Vaccine operations Central Provinces 1868-1885 - 1868-1885
Year: 1868
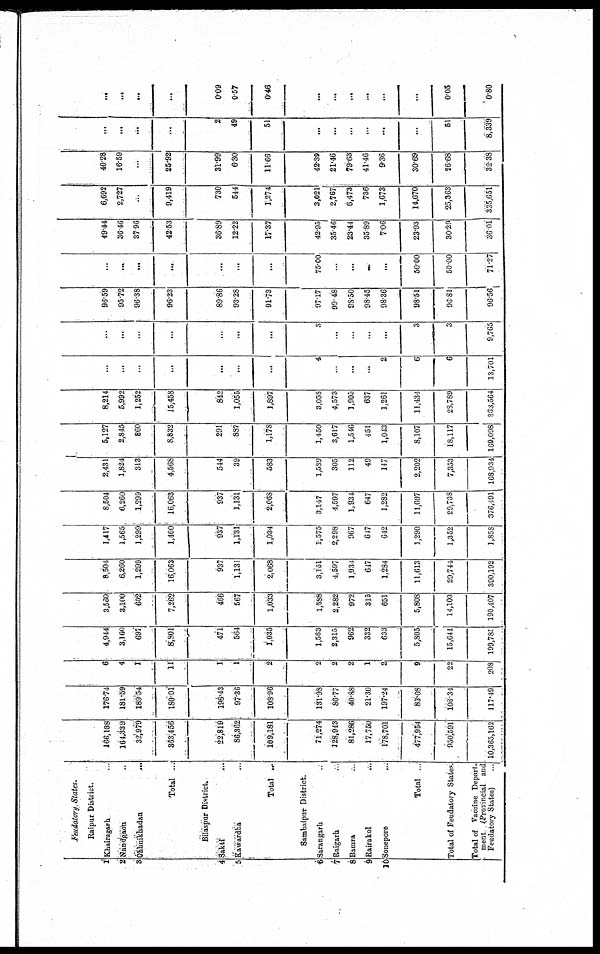
1
2
3
4
5
6
7
8
9
10
Feudatory States.
Raipur District.
Khairagarh ...
Nandgaon ...
Chhuiknadan
...
Total ...
Bilaspur District.
Sakti ...
Kawardha ...
Total ...
Sambalpur District.
Sarangarh ...
Raigarh ...
Bamra ...
Rairakol
...
Sonepore ...
Total ...
Total of Feudatory States.
Total of Vaccine Depart-
ment (Provincial and
Feudatory States) ...
166,138
164,339
32,979
363,456
22,819
86,362
109,181
71,274
128,943
81,286
17,750
178,701
477,954
950,591
10,365,162
176.74
181.59
189.54
180.01
198.43
97.36
108.96
131.98
86.77
40.88
21.30
197.24
83.08
108.34
117.49
6
4
1
11
1
1
2
2
2
2
1
2
9
22
208
4,944
3,160
697
8,801
471
564
1,035
1,563
2,315
962
332
633
5,805
15,641
199,785
3,560
3,100
602
7,262
466
567
1,033
1,588
2,282
972
315
651
5,808
14,103
190,407
8,504
6,260
1,299
16,063
937
1,131
2,068
3,151
4,597
1,934
647
1,284
11,613
29,744
390,192
1,417
1,565
1,299
1,460
937
1,131
1,034
1,575
2,298
967
647
642
1,290
1,352
1,858
8,504
6,260
1,299
16,063
937
1,131
2,068
3,147
4,597
1,934
647
1,282
11,607
29,738
376,491
2,431
1,824
313
4,568
544
39
583
1,589
305
112
49
147
2,202
7,353
168,934
5,127
2,845
860
8,832
291
887
1,178
1,450
3,617
1,546
451
1,043
8,107
18,117
169,098
8,214
5,992
1,252
15,458
842
1,055
1,897
3,058
4,573
1,905
637
1,261
11,434
28,789
363,564
...
...
...
...
...
...
...
4
...
...
...
2
6
6
13,701
...
...
...
...
...
...
...
3
...
...
...
...
3
3
9,765
96.59
95.72
96.38
96.23
89.86
93.28
91.73
97.17
99.48
98.50
98.45
98.36
98.51
96.81
96.56
...
...
...
...
...
...
...
75.00
...
...
...
...
50.00
50.00
71.27
49.44
36.46
37.96
42.53
36.89
12.22
17.37
42.95
35.46
23.44
35.89
7.06
23.93
30.29
36.01
6,692
2,727
...
9,419
730
544
1,274
3,021
2,767
6,473
736
1,673
14,670
25,363
335,651
40.28
16.59
...
25.92
31.99
6.30
11.66
42.39
21.46
79.69
41.46
9.36
30.69
26.68
32.38
...
...
...
...
2
49
51
...
...
...
...
...
...
51
8,339
...
...
...
...
0.09
0.57
0.46
...
...
...
...
...
...
0.05
0.80